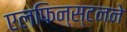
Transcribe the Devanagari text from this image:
एलफिन्स्टनने